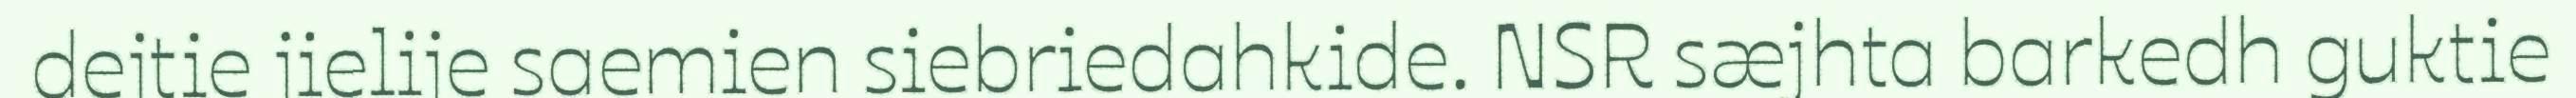
dejtie jielije saemien siebriedahkide. NSR sæjhta barkedh guktie